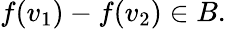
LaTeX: f(v_{1})-f(v_{2})\in B.